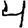
Digit: 4